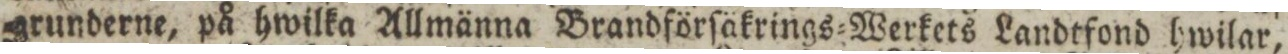
grunderne, på hwilka Allmänna Brandförſäkrings=Werkets Landtfond hwilar,